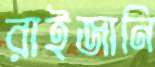
রাইজানি